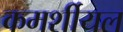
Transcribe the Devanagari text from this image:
कमर्शीयल